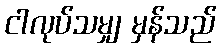
ငါလုပ်သမျှ မှန်သည်